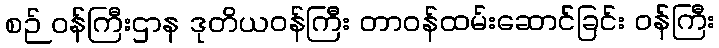
စဉ် ဝန်ကြီးဌာန ဒုတိယဝန်ကြီး တာဝန်ထမ်းဆောင်ခြင်း ဝန်ကြီး